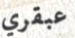
عبقري